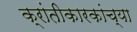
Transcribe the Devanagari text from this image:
क्रांतीकारकांच्या